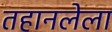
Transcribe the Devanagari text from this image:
तहानलेला